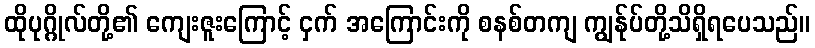
ထိုပုဂ္ဂိုလ်တို့၏ ကျေးဇူးကြောင့် ငှက် အကြောင်းကို စနစ်တကျ ကျွန်ုပ်တို့သိရှိရပေသည်။